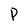
Character: P